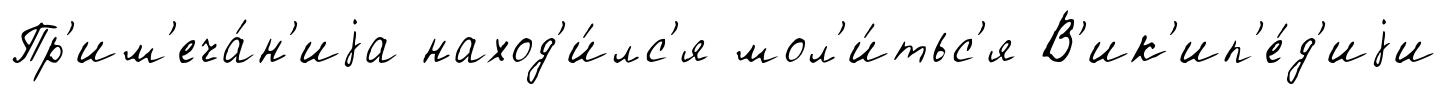
Пр'им'еча́н'иjа наход'и́лс'я мол'и́тьс'я В'ик'ип'е́д'иjи